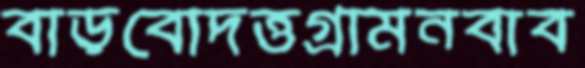
বাড়বোদত্তগ্রামনবাব